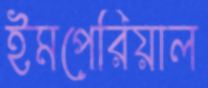
ইমপেরিয়াল